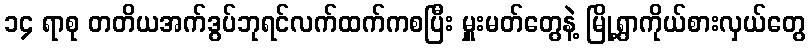
၁၄ ရာစု တတိယအက်ဒွပ်ဘုရင်လက်ထက်ကစပြီး မှူးမတ်တွေနဲ့ မြို့ရွာကိုယ်စားလှယ်တွေ